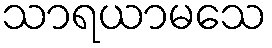
သာရယာမသေ